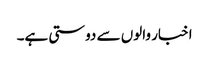
اخبار والوں سے دوستی ہے۔